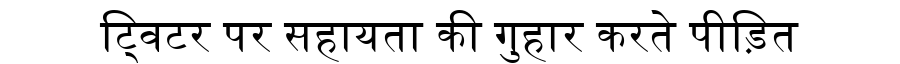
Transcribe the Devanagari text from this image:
ट्विटर पर सहायता की गुहार करते पीड़ित